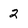
Character: 2